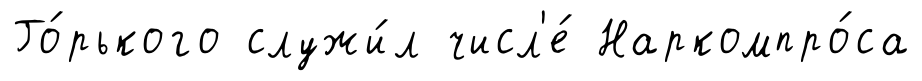
Го́рького служи́л числ'е́ Наркомпро́са